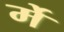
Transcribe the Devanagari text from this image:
र्मे